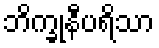
ဘိက္ခုနီပရိသာ